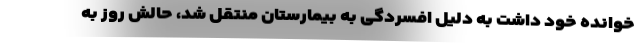
خوانده خود داشت به دلیل افسردگی به بیمارستان منتقل شد، حالش روز به